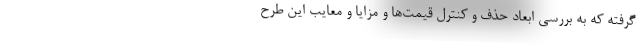
گرفته که به بررسی ابعاد حذف و کنترل قیمت‌ها و مزایا و معایب این طرح